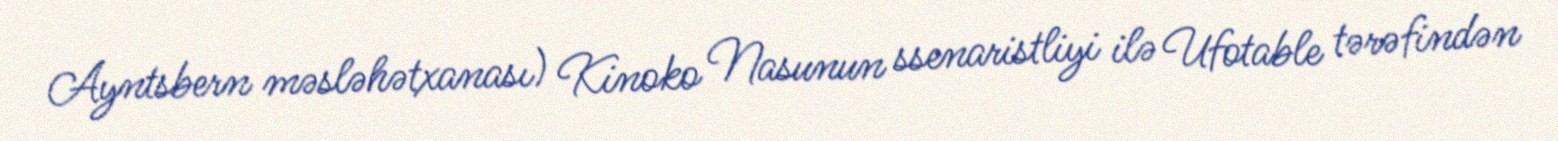
Ayntsbern məsləhətxanası) Kinoko Nasunun ssenaristliyi ilə Ufotable tərəfindən